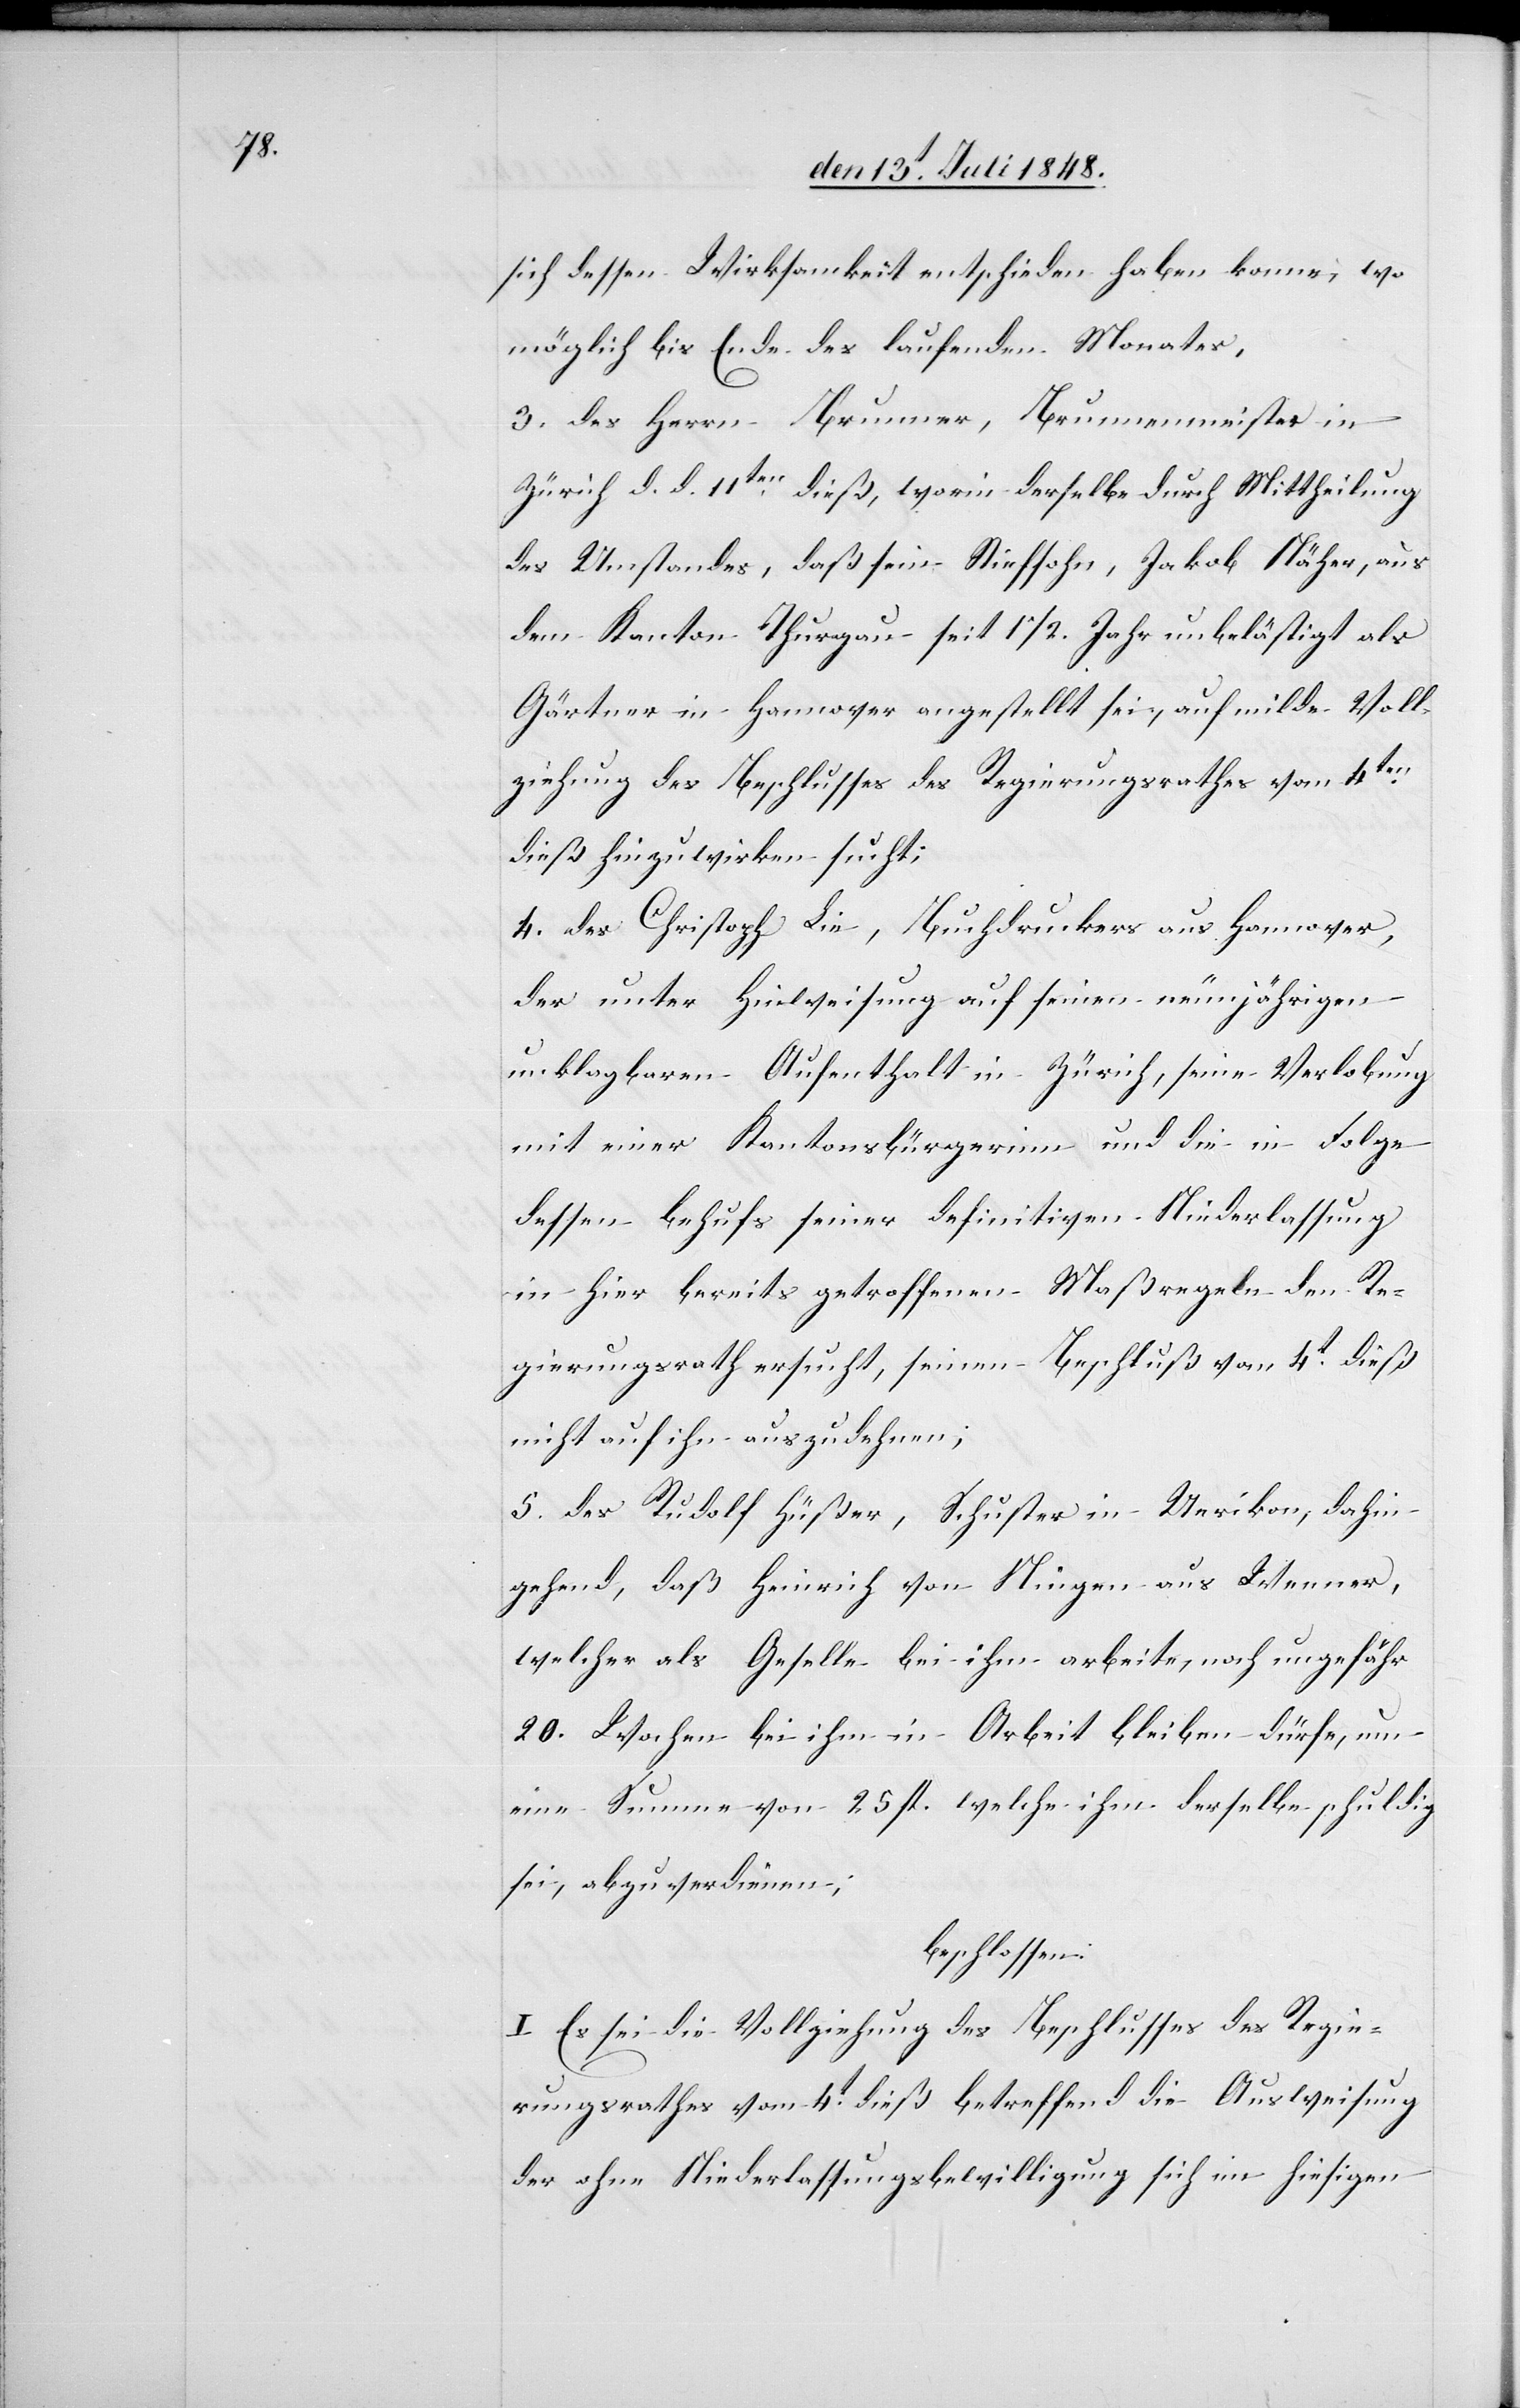
sich dessen Wirksamkeit entschieden haben konne
möglich bis Ende des laufenden Monates,
3. des Herrn Brunner, Brunnenmeister in
Zürich d. d. 11ten dieß, worin derselbe durch Mittheilung
des Umstandes, daß sein Stiefsohn, Jakob Näher, aus
dem Kanton Thurgau seit 11/2. Jahr unbelästigt als
Gärtner in Hannover angestellt sei, auf milde Voll¬
ziehung des Beschlusses des Regierungsrathes vom 4ten
dieß hinzuwirken sucht;
4. des Christoph Lie, Buchdrucker aus Hannover,
der unter Hinweisung auf seinen neunjährigen
unklagbaren Aufenthalt in Zürich, seine Verlobung
mit einer Kantonsbürgerinn und die in Folge
dessen behufs seiner definitiven Niederlassung
in hier bereits getroffenen Maßregeln den Re¬
gierungsrath ersucht, seinen Beschluß vom 4t dieß
nicht auf ihn auszudehnen;
5. des Rudolf Hüßer, Schuster in Uerikon, dahin
gehend, daß Heinrich von Ningen aus Wenner,
welcher als Geselle bei ihm arbeite, noch ungefähr
20. Wochen bei ihm in Arbeit bleiben dürfe, um
eine Summe von 25. fl. welche ihm derselbe schuldig
sei, abzuverdienen;
beschlossen:
I. Es sei die Vollziehung des Beschlusses des Regie¬
rungsrathes vom 4t dieß betreffend die Ausweisung
der ohne Niederlassungsbewilligung sich im hiesigen